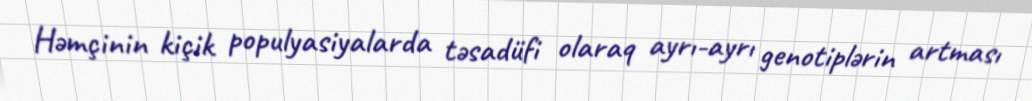
Həmçinin kiçik populyasiyalarda təsadüfi olaraq ayrı-ayrı genotiplərin artması